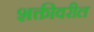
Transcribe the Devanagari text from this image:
शक्तीवरील